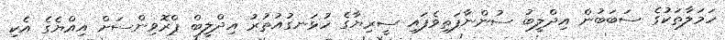
ހަމަލާތަކުގެ ސަބަބުން އިދްލީބު ސުންނާފަތިވެފައި ސީރިޔާގެ ހުޅަނގުއުތުރު އިދްލީބް ޕްރޮވިންސަށް އިއްޔެގެ އެކި